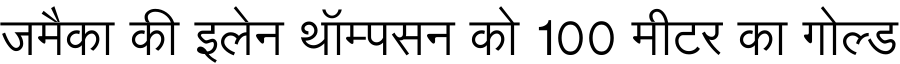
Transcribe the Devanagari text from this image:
जमैका की इलेन थॉम्पसन को 100 मीटर का गोल्ड